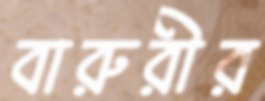
বারুরীর